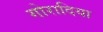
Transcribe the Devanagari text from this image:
गोरादिया